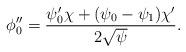
LaTeX: \begin{align*} \phi''_0 = \frac{\psi_0'\chi + (\psi_0-\psi_1)\chi'}{2\sqrt{\psi}}. \end{align*}